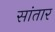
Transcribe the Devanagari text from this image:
सांतार